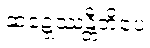
ဆဍ္ဍေဿန္တီတိပေ